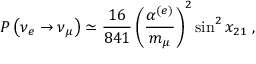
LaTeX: P \left( \nu _ { e } \rightarrow \nu _ { \mu } \right) \simeq \frac { 1 6 } { 8 4 1 } \left( \frac { \alpha ^ { ( e ) } } { m _ { \mu } } \right) ^ { 2 } \sin ^ { 2 } x _ { 2 1 } \; ,